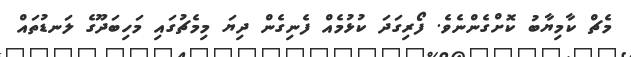
މެޗް ކާމިޔާބު ކޮށްގެންނެވެ. ފޯރިގަދަ ކުޅުމެއް ފެނިގެން ދިޔަ މިމެޗުގައި މަހިބަދޫގެ ލަނޑުތައް